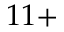
1 1 +